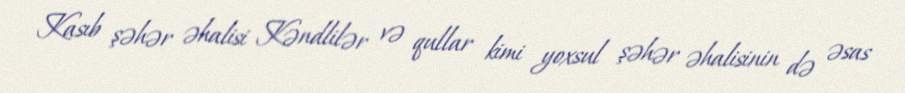
Kasıb şəhər əhalisi Kəndlilər və qullar kimi yoxsul şəhər əhalisinin də əsas